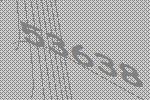
53638